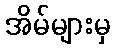
အိမ်များမှ